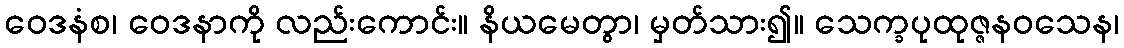
ဝေဒနံစ၊ ဝေဒနာကို လည်းကောင်း။ နိယမေတွာ၊ မှတ်သား၍။ သေက္ခပုထုဇ္ဇနဝသေန၊